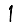
Digit: 1